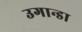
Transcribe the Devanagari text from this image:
उगान्डा